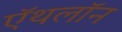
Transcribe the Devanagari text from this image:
ऍथलॉन